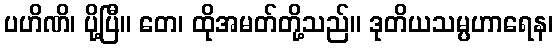
ပဟိဏိ၊ ပို့ပြီ။ တေ၊ ထိုအမတ်တို့သည်။ ဒုတိယသမ္ပဟာရေန၊